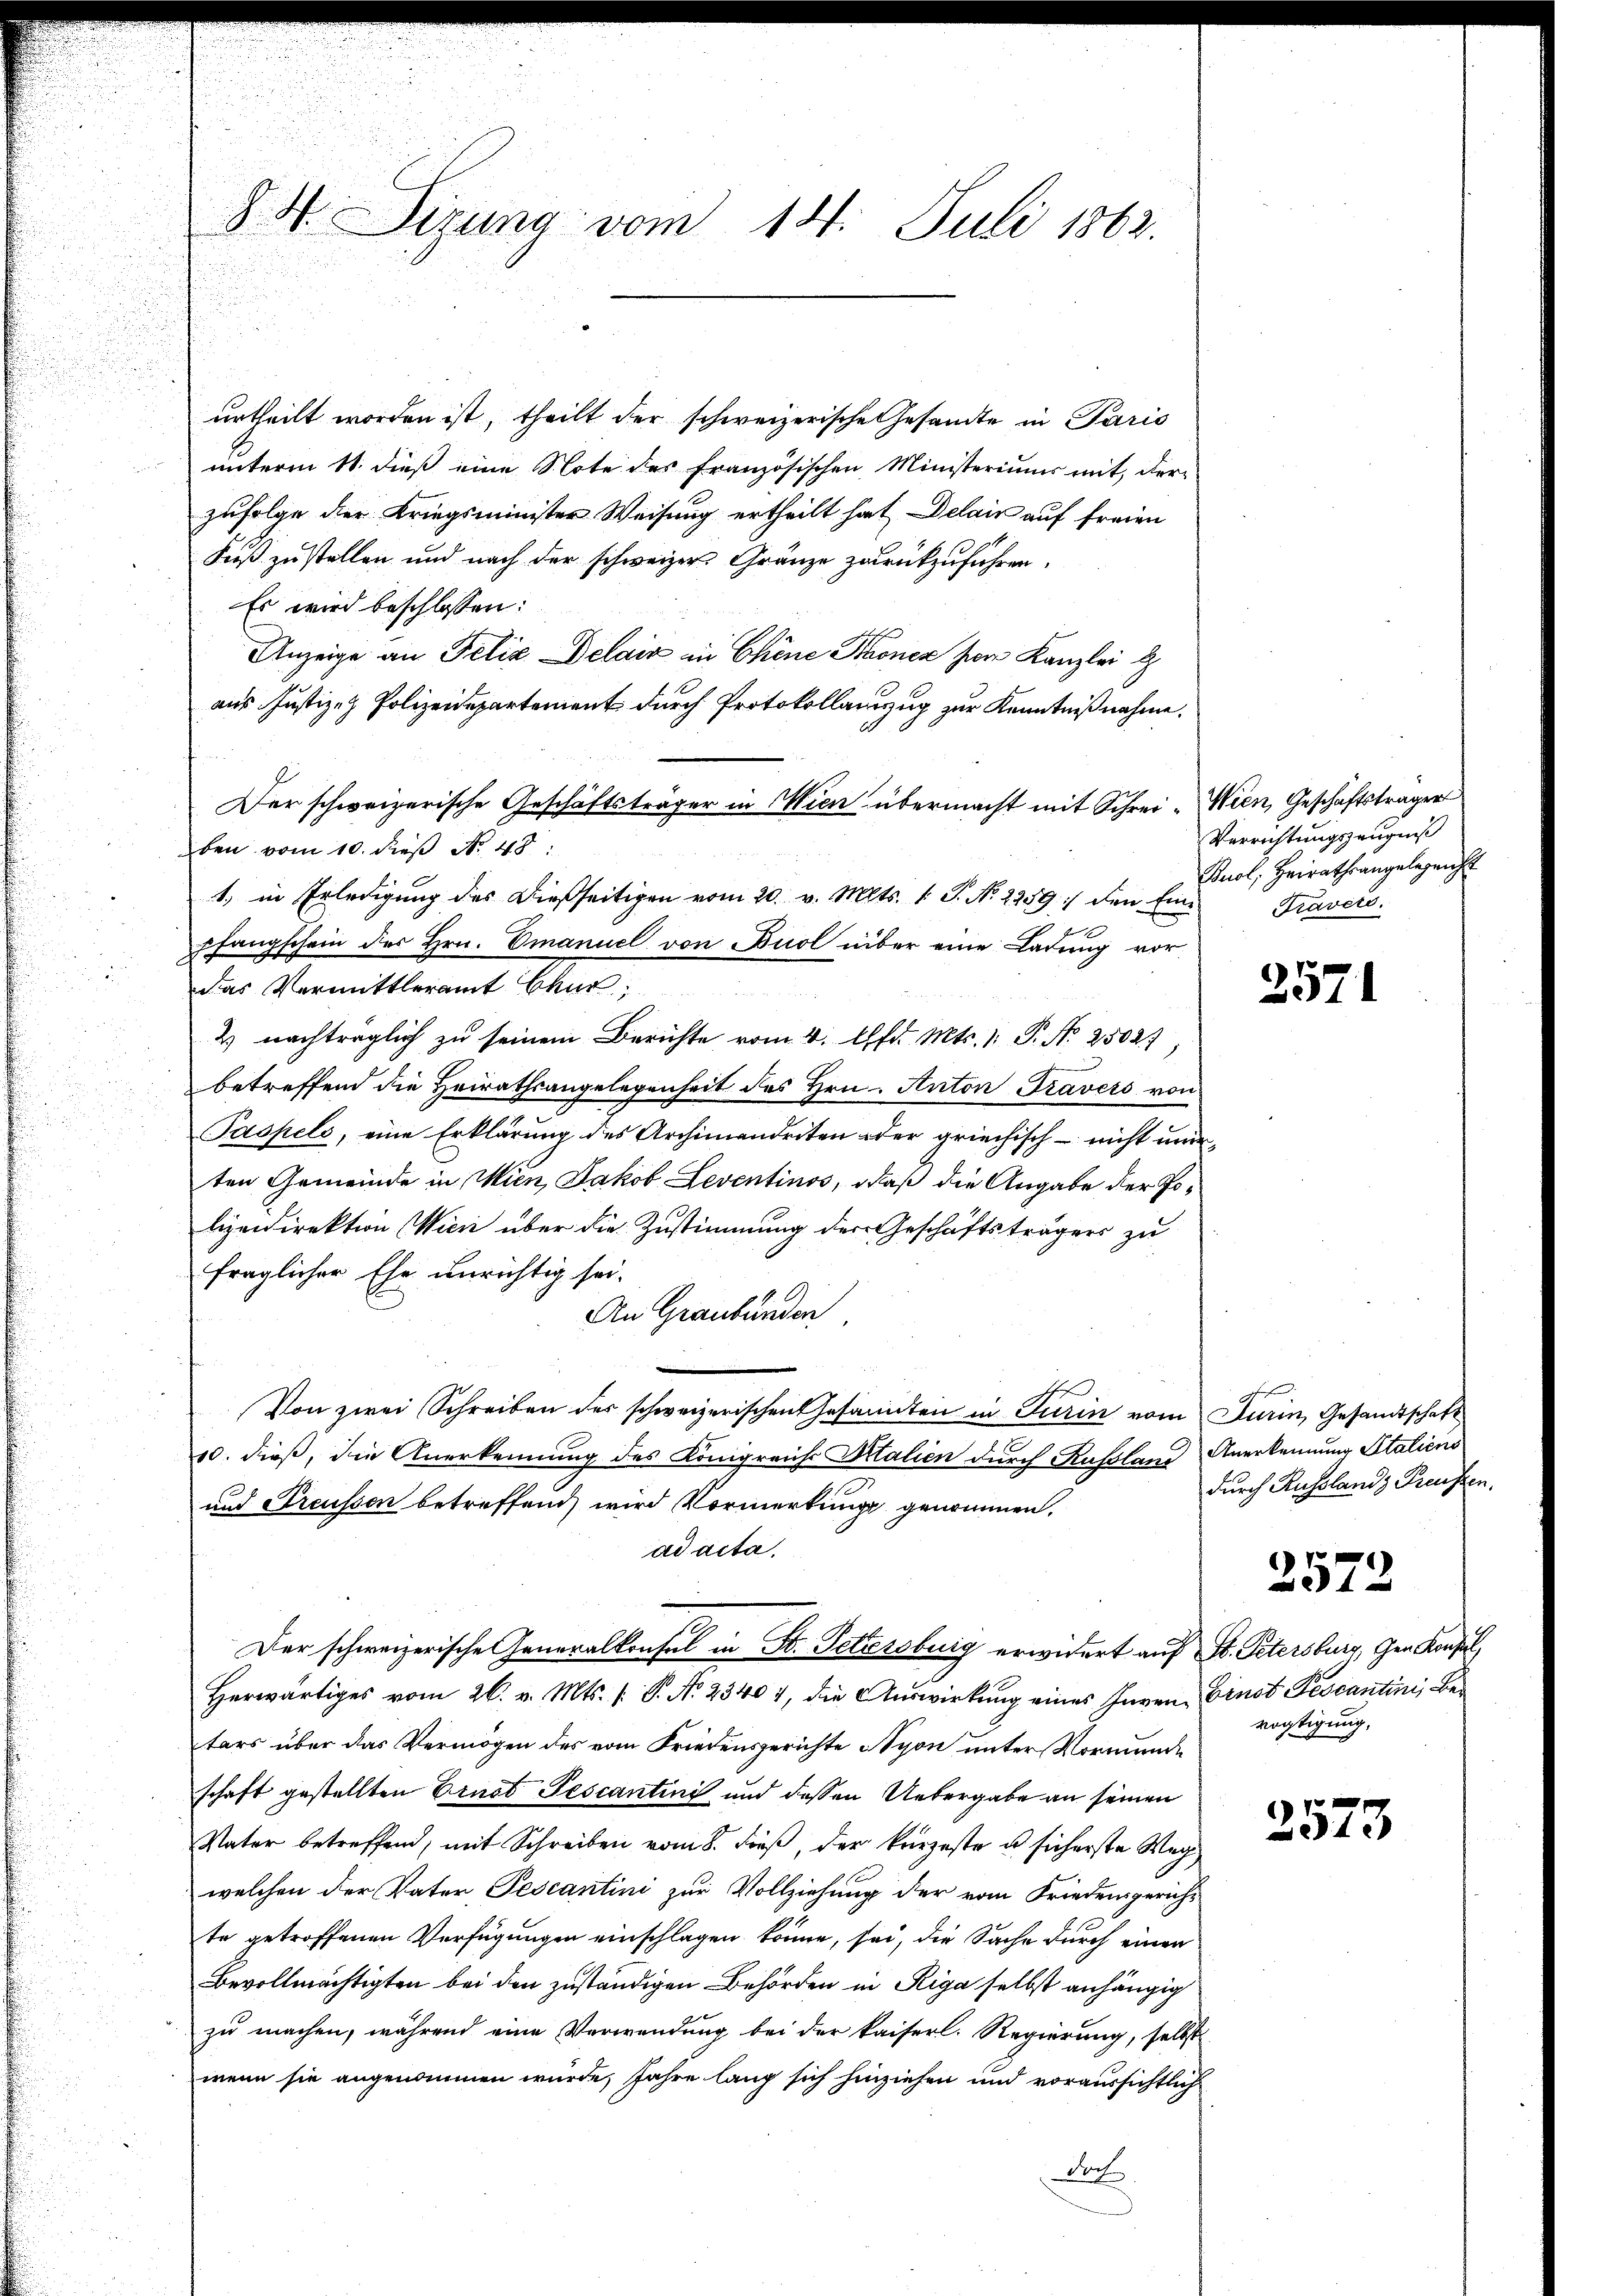
§ N. Sizung vom 14. Juli 1862.

urtheilt worden ist, theilt der schweizerische Gesandte in Paris
unterm 11. dieß eine Note des Französischen Ministeriums mit, der
zufolge der Kriegsminister Weisung ertheilt hat Delais auf freien
Fuß zu stellen und nach der schweizers Gränze zurückzuführen.
Es wird beschlossen:
Anzeige an Felix Delair in Chine Kronen Herr Kanzlei
aus Justiz- & Polizeidepartement durch Protokollauszug zur Kenntnißnahme.
Der schweizerische Geschäftsträger in Wien übermacht mit Schrei- Wien, Geschäftsträger
ben vom 10. dieß No. 48.
1., in Erledigung des dießseitigen vom 20. v. Mts. 1. J. No 2259 :/ den Einpfangschein des Hrn. Emanuel von Buol über eine Ladung vordas Vermittleramt Chur
2 nachträglich zu seinem Berichte vom 4. lfd. Mts. 1. P. Nr. 25027,
betreffend die Heirathsangelegenheit des Hrn. Anton Travers von
Paspels, eine Erklärung des Archimandriten oder griechisch - nicht unten Gemeinde in Wien, Jakob Leventinos, daß die Angabe der Polizeidirektion Wien über die Zustimmung der Geschäftsträgers zu
fraglicher Ehe unrichtig sei.
An Graubünden
Von zwei Schreiben des schweizerischen Gesandten in Turin vom Turin, Gesandtschaft
10. dieß, die Anerkennung des Königreichs Malien durch Russland Anerkennung Staliens
und Preussen betreffend wird Vormerkung genommen.
ad acta,
Der schweizerische Generalkonsul in St. Petersburg erwidert auf St. Petersburg, gen Konsul,
Herwärtiges vom 26. v. Mts. /: P. N. 23407, die Auswirkung eines Inven Einst Pescantini, Betars über das Vermögen des vom Friedensgerichte Syon unter Vormunde
schaft gestellten Ernst Tescantini und dessen Uebergabe an seinen
Vater betreffend, mit Schreiben vom 8. dieß, der kürzeste u sicherste Weg
welchen der Vater Pescantini zur Vollziehung der vom Friedensgericht
te getroffenen Verfügungen einschlagen könne, sei, die Sache durch einen
Bevollmächtigten bei den zuständigen Behörden in Riga selbst anhängig
zu machen, während eine Verwendung bei der kaiserl. Regierung, selbst
wenn sie angenommen würde, Jahre lang sich hinziehen und voraussichtlich
dot

Verrichtungszeugniß
Buol, Heirathsangelegenst
Travers.

2571

durch Russlands Preussen.

2572

vogtigung,

2573